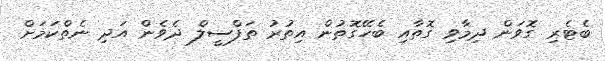
ބެޓެރި ގޮވަން ދިމާވި ގޮތާއި ބެހޭގޮތުން އިތުރު ތަފްސީލް ދެވެން އަދި ނެތްކަމަށް